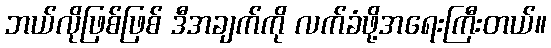
ဘယ်လိုဖြစ်ဖြစ် ဒီအချက်ကို လက်ခံဖို့အရေးကြီးတယ်။